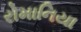
રોમાનિયા